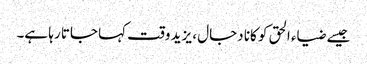
جیسے ضیاء الحق کو کانا دجال ، یزید وقت کہا جاتا رہا ہے۔